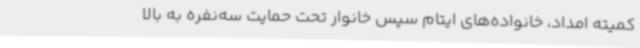
کمیته امداد، خانواده‌های ایتام سپس خانوار تحت حمایت سه‌نفره به بالا